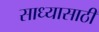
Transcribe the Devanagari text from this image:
साध्यासाठी